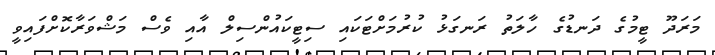
މަރަދޫ ޓީމުގެ ދަނޑުގެ ހާލަތު ރަނގަޅު ކުރުމަށްޓަކައި ސިޓީކައުންސިލް އާއި ވެސް މަޝްވަރާކޮށްފައިވީ